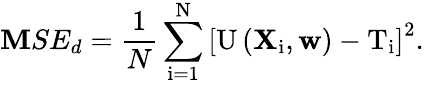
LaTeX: \mathbf{M}SE_{d}=\frac{{1}}{{N}}\sum_{\mathrm{{i}}=1}^{\mathrm{{N}}}\left[\mathrm{{U}}\left(\mathbf{{X}}_{\mathrm{{i}}},\mathbf{{w}}\right)-\mathrm{{T}}_{\mathrm{{i}}}\right]^{2}.